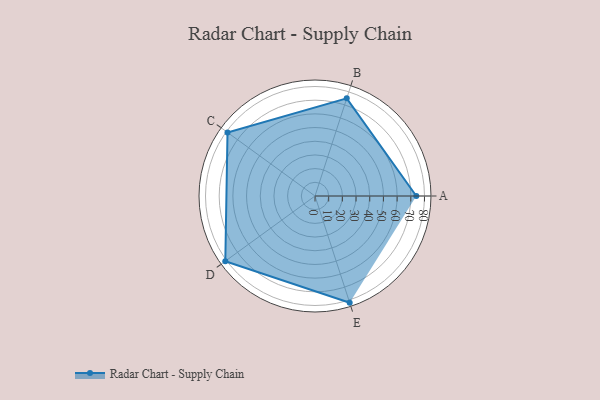
{"axis": {"x": "Skill", "y": "Score"}, "legend": ["Profile"], "data": [{"x": "A", "y": 74.0, "type": "Profile"}, {"x": "B", "y": 75.0, "type": "Profile"}, {"x": "C", "y": 79.0, "type": "Profile"}, {"x": "D", "y": 81.0, "type": "Profile"}, {"x": "E", "y": 82.0, "type": "Profile"}]}